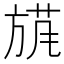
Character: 𱡴